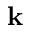
\mathbf { k }